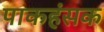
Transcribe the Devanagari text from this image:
पाकहंसक